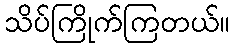
သိပ်ကြိုက်ကြတယ်။